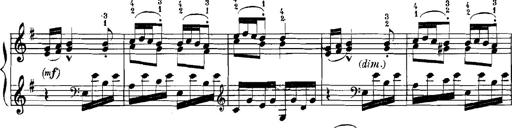
Title: Rhapsodies hongroises
Composer: Franz Liszt